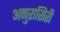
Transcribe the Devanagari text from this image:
अनुरासिरी